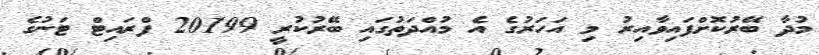
މުދާ ބޭރުކޮށްފައިވާއިރު މި އަހަރުގެ އެ މުއްދަތުގައި ބޭރުކުރީ 20199 ފްރައިޓް ޓަނުގެ